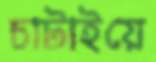
চাটাইয়ে